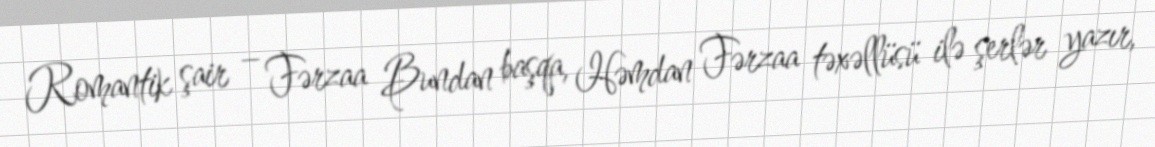
Romantik şair – Fərzaa Bundan başqa, Həmdan Fərzaa təxəllüsü ilə şerlər yazır,